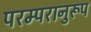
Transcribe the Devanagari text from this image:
परम्परानुरूप